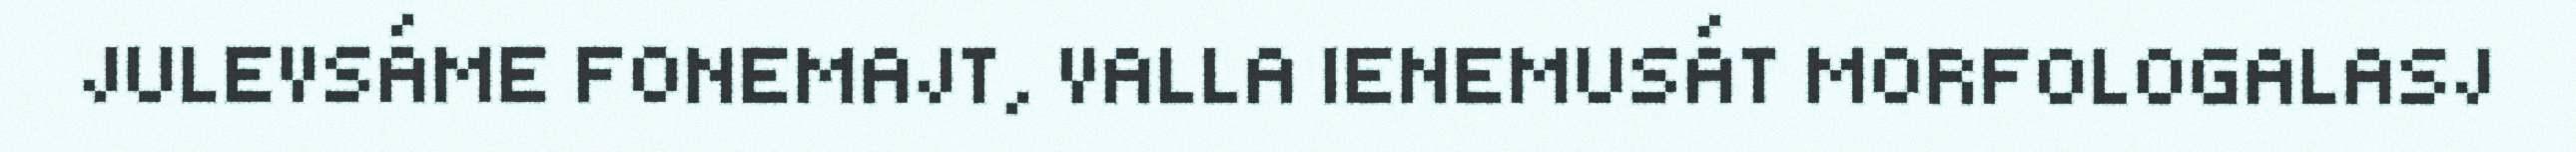
JULEVSÁME FONEMAJT, VALLA IENEMUSÁT MORFOLOGALASJ